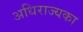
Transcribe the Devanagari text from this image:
अधिराज्यका